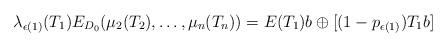
LaTeX: \begin{align*}\lambda_{\epsilon(1)}(T_1)E_{D_0}(\mu_2(T_2),\ldots, \mu_n(T_n)) & = E(T_1)b \oplus [(1-p_{\epsilon(1)})T_1 b]\end{align*}